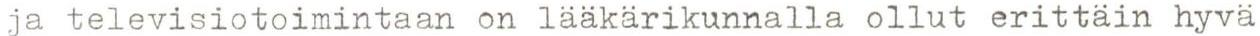
ja televisiotoimintaan on lääkärikunnalla ollut erittäin hyvä